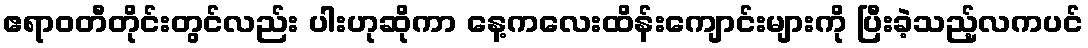
ဧရာဝတီတိုင်းတွင်လည်း ပါးဟုဆိုကာ နေ့ကလေးထိန်းကျောင်းများကို ပြီးခဲ့သည့်လကပင်